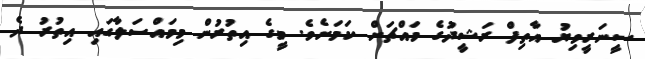
ސީނަރީވިޔު އާތިފް ރަޝީދުގެ މައްޗަށް ކަމަށެވެ. މީގެ އިތުރުން މިމައްސަލާގައި އިތުރު ދެ